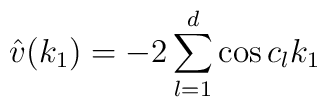
\hat{v}(k_{1})= - 2 \sum_{l=1}^{d} \cos c_{l} k_{1}